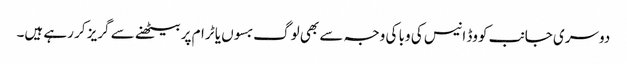
دوسری جانب کووڈ انیس کی وبا کی وجہ سے بھی لوگ بسوں یا ٹرام پر بیٹھنے سے گریز کر رہے ہیں۔